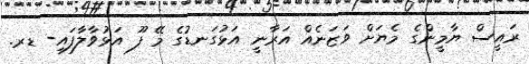
ރައީސް ޔާމީންގެ މެޔަށް ވަޒަނެއް އަރާނީ އަޅުގަނޑުގެ މޭ ފޫ އަޅުވާލާފައި- ޑރ.